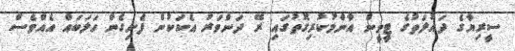
ސީރިޔާގެ ދައުލަތުގެ ޓީވީން އާންމުކުރިގޮތުގައި ރޭ ދަންވަރު އެކަކުން ފެށިގެން ހަލަބައް އެއްވެސް